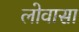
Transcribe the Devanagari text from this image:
लोवासा